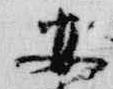
安